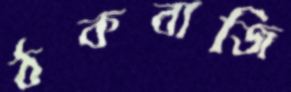
ঠকবাজি